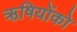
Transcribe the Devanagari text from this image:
ऋषियोंको